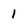
Character: 1